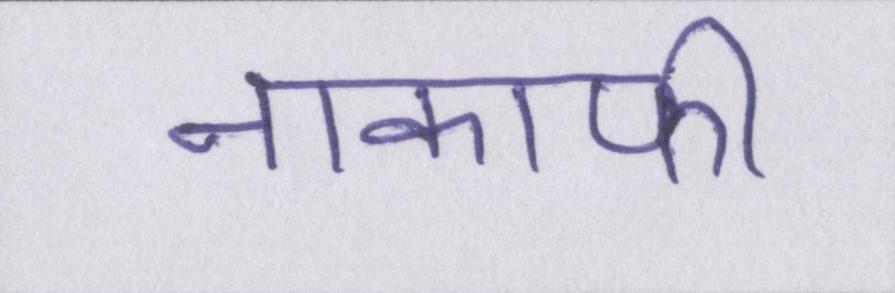
नाकाफी